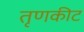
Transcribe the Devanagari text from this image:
तृणकीट